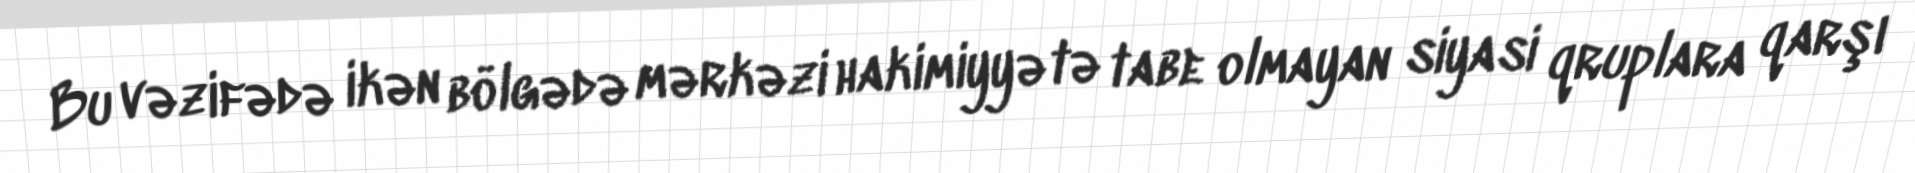
Bu vəzifədə ikən bölgədə mərkəzi hakimiyyətə tabe olmayan siyasi qruplara qarşı